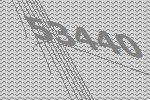
53440